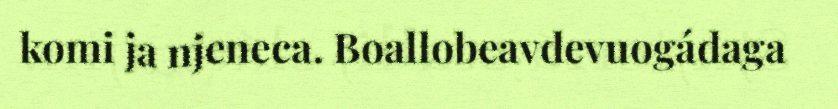
komi ja njeneca. Boallobeavdevuogádaga